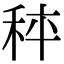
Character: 𥞯